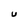
Character: U